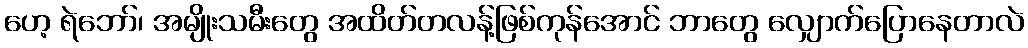
ဟေ့ ရဲဘော်၊ အမျိုးသမီးတွေ အထိတ်တလန့်ဖြစ်ကုန်အောင် ဘာတွေ လျှောက်ပြောနေတာလဲ